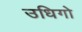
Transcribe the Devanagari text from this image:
उधिगो